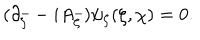
LaTeX: ( \partial _ { \bar { \zeta } } - i A _ { \bar { \zeta } } ) \psi _ { \zeta } ( \zeta , \chi ) = 0 .